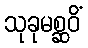
သုခုမစ္ဆဝိံ